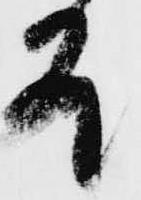
殿